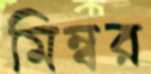
মিম্বর